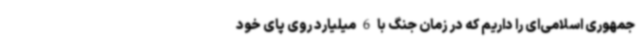
جمهوری اسلامی‌ای را داریم که در زمان جنگ با 6 میلیارد روی پای خود